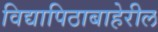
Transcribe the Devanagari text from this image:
विद्यापिठाबाहेरील